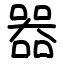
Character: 𠾖